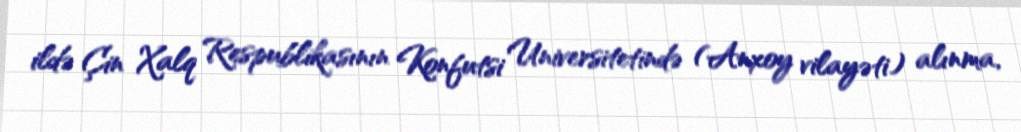
ildə Çin Xalq Respublikasının Konfutsi Universitetində (Anxoy vilayəti) alınma,